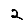
Digit: 2